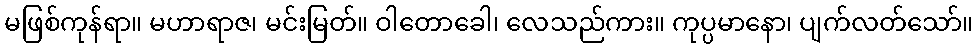
မဖြစ်ကုန်ရာ။ မဟာရာဇ၊ မင်းမြတ်။ ဝါတောခေါ၊ လေသည်ကား။ ကုပ္ပမာနော၊ ပျက်လတ်သော်။